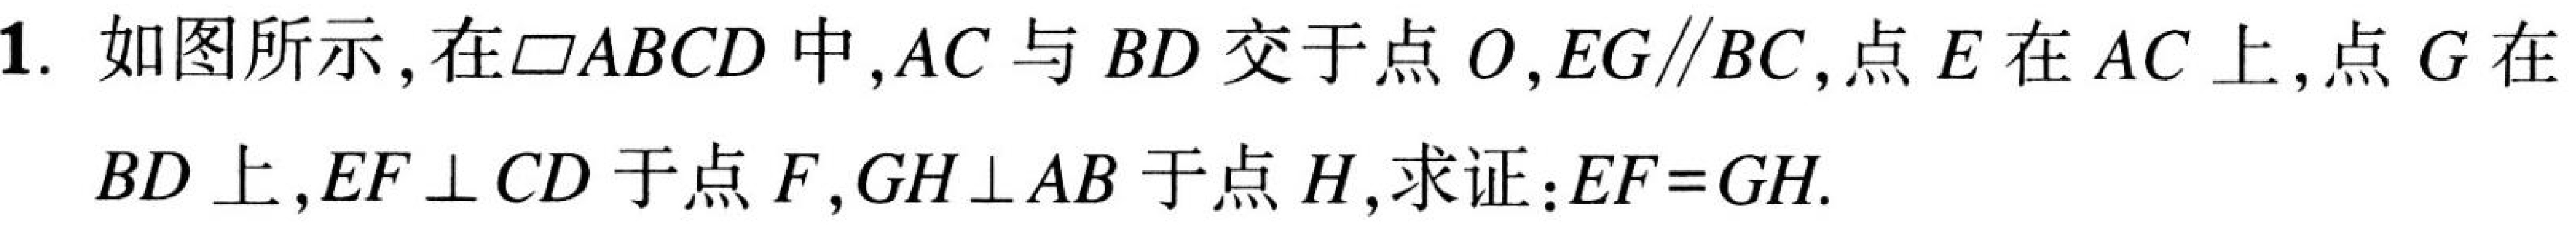
1. 如图所示，在$\square ABCD$中，$AC$与$BD$交于点$O$，$EG\parallel BC$，点$E$在$AC$上，点$G$在
$BD$上，$EF\perp CD$于点$F$，$GH\perp AB$于点$H$，求证：$EF = GH$.